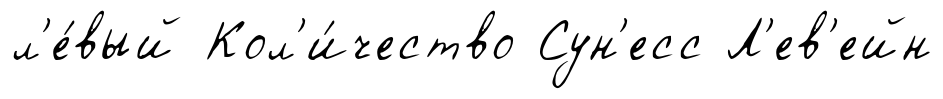
л'е́вый Кол'и́чество Сун'есс Л'ев'ейн